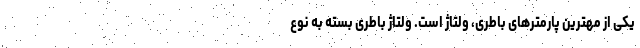
یکی از مهترین پارمترهای باطری، ولتاژ است. ولتاژ باطری بسته به نوع